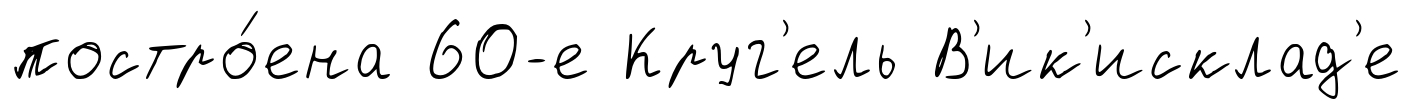
постро́ена 60-е Круг'ель В'ик'исклад'е